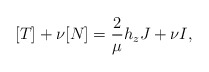
\begin{align*}[T]+\nu [N]=\frac{2}{\mu}h_zJ+\nu I,\end{align*}